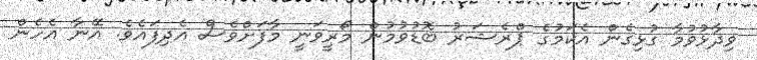
ވިދާޅުވުމާ ގުޅިގެން އެކަމުގެ ޕްރެޝަރު ބޮޑުވުމުން މޯރީވަނީ މާފަށްވެސް އެދިފައެވެ. އޭނާ އެހެން